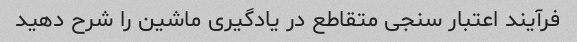
فرآیند اعتبار سنجی متقاطع در یادگیری ماشین را شرح دهید